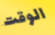
الوقت